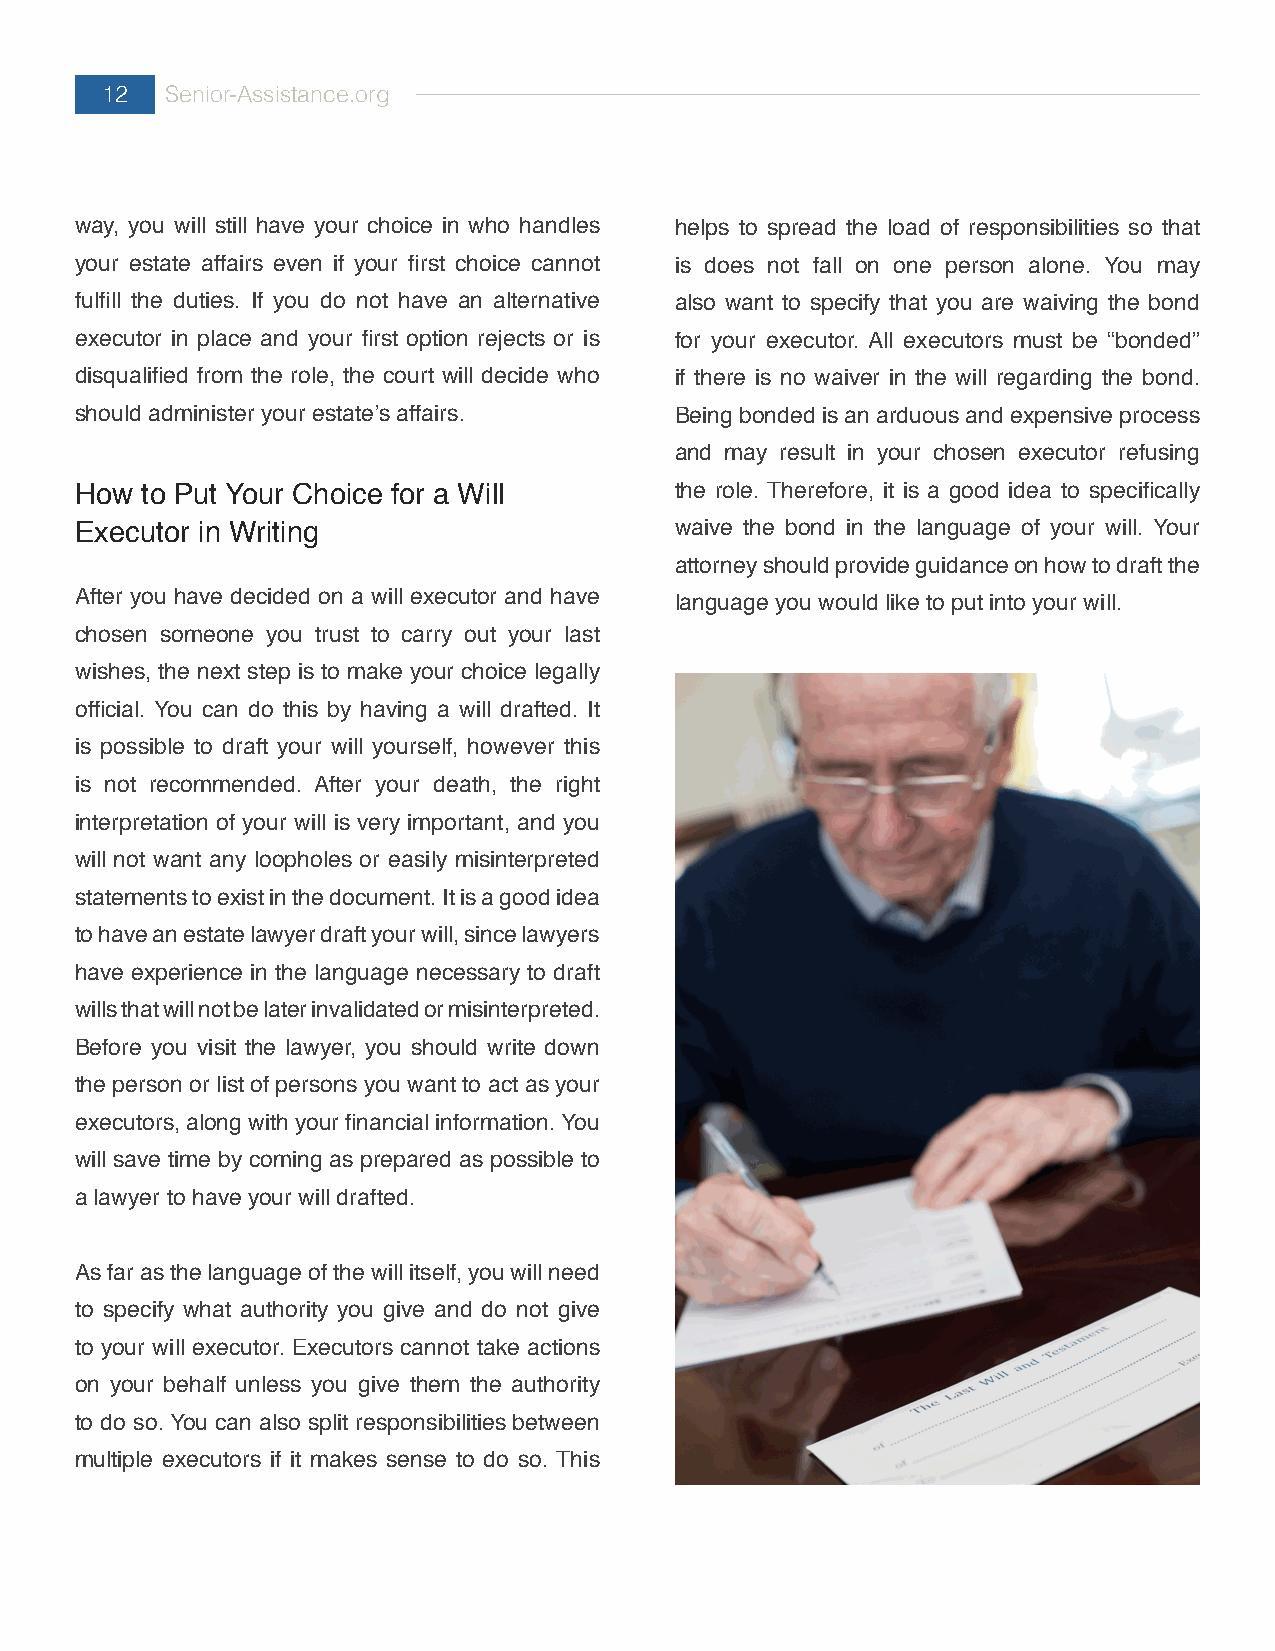
12  Senior-Assistance.org
 way, you will still have your choice in who handles helps to spread the load of responsibilities so that
 your estate affairs even if your first choice cannot is does not fall on one person alone. You may
 fulfill the duties. If you do not have an alternative also want to specify that you are waiving the bond
 executor in place and your first option rejects or is for your executor. All executors must be “bonded”
 disqualified from the role, the court will decide who if there is no waiver in the will regarding the bond.
 should administer your estate’s affairs. Being bonded is an arduous and expensive process
 and may result in your chosen executor refusing
 How to Put Your Choice for a Will       the role. Therefore, it is a good idea to specifically
 Executor in Writing                     waive the bond in the language of your will. Your
 attorney should provide guidance on how to draft the
 After you have decided on a will executor and have language you would like to put into your will.
 chosen someone you trust to carry out your last
 wishes, the next step is to make your choice legally
 official. You can do this by having a will drafted. It
 is possible to draft your will yourself, however this
 is not recommended. After your death, the right
 interpretation of your will is very important, and you
 will not want any loopholes or easily misinterpreted
 statements to exist in the document. It is a good idea
 to have an estate lawyer draft your will, since lawyers
 have experience in the language necessary to draft
 wills that will not be later invalidated or misinterpreted.
 Before you visit the lawyer, you should write down
 the person or list of persons you want to act as your
 executors, along with your financial information. You
 will save time by coming as prepared as possible to
 a lawyer to have your will drafted.
 As far as the language of the will itself, you will need
 to specify what authority you give and do not give
 to your will executor. Executors cannot take actions
 on your behalf unless you give them the authority
 to do so. You can also split responsibilities between
 multiple executors if it makes sense to do so. This